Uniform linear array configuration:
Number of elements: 24
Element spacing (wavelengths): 1
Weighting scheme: hann
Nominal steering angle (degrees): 60
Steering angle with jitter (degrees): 60.639
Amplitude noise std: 0.05
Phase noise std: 0.05

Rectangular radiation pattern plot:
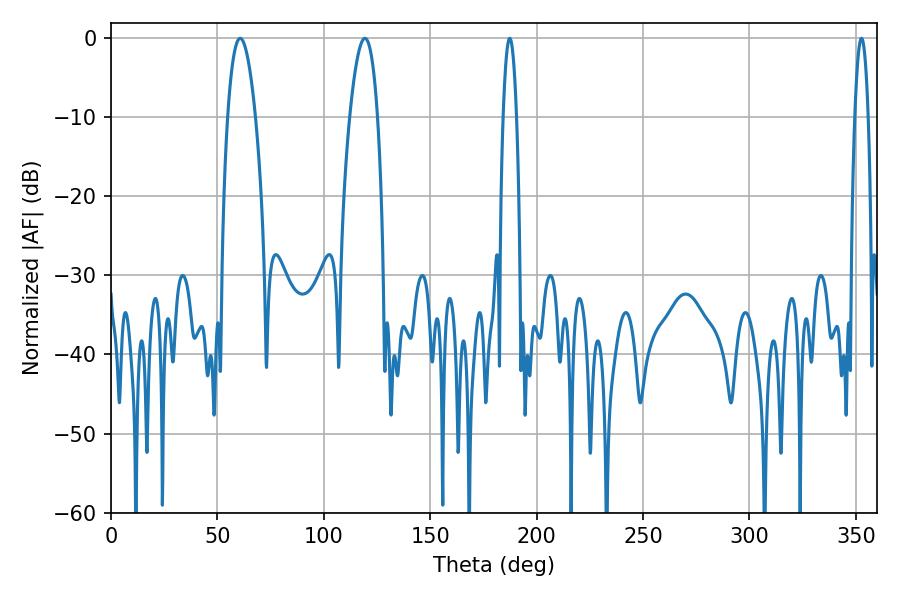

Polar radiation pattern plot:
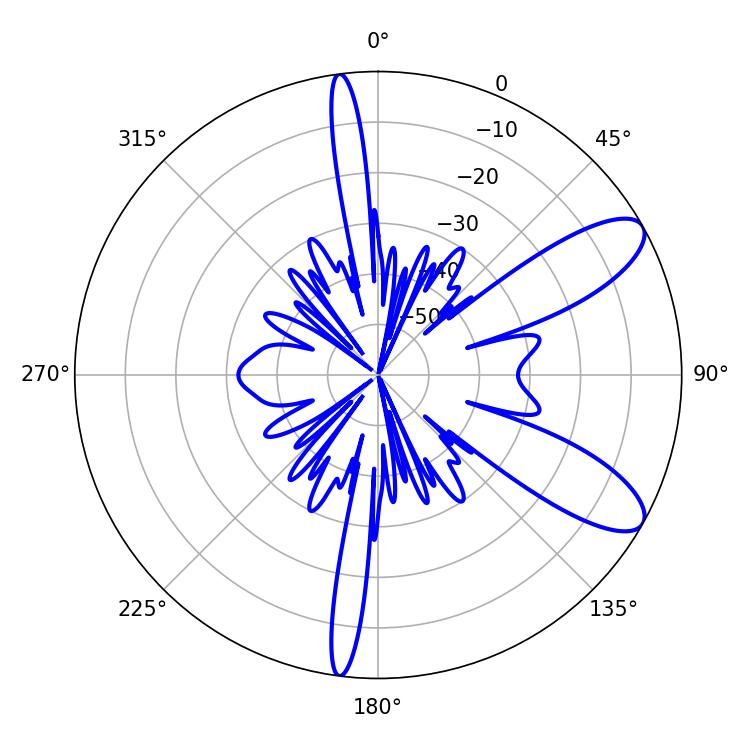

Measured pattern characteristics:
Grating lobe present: TRUE
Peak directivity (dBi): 9.588
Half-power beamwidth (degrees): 7.2
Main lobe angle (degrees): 60.66